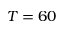
T = 6 0